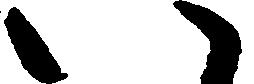
い